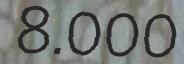
8.000